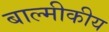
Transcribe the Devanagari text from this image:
बाल्मीकीय